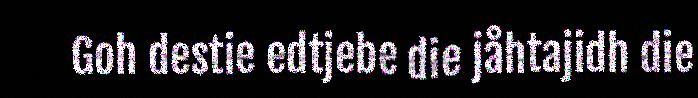
Goh destie edtjebe die jåhtajidh die